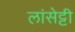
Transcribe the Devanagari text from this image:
लांसेट्टी